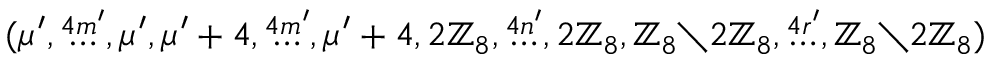
( \mu ^ { \prime } , \stackrel { 4 m ^ { \prime } } { \dots } , \mu ^ { \prime } , \mu ^ { \prime } + 4 , \stackrel { 4 m ^ { \prime } } { \dots } , \mu ^ { \prime } + 4 , 2 \mathbb { Z } _ { 8 } , \stackrel { 4 n ^ { \prime } } { \dots } , 2 \mathbb { Z } _ { 8 } , \mathbb { Z } _ { 8 } { \setminus } 2 \mathbb { Z } _ { 8 } , \stackrel { 4 r ^ { \prime } } { \dots } , \mathbb { Z } _ { 8 } { \setminus } 2 \mathbb { Z } _ { 8 } )